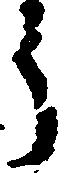
う